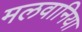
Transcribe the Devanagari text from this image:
मलवानिया